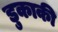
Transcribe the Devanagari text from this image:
डुकाकी